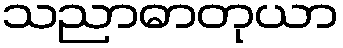
သညာဓာတုယာ